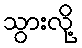
သွားလို့